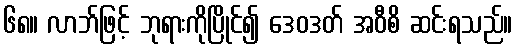
၆၈။ လာဘ်ဖြင့် ဘုရားကိုပြိုင်၍ ဒေဝဒတ် အဝီစိ ဆင်းရသည်။